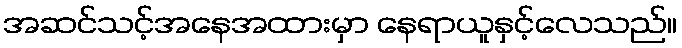
အဆင်သင့်အနေအထားမှာ နေရာယူနှင့်လေသည်။